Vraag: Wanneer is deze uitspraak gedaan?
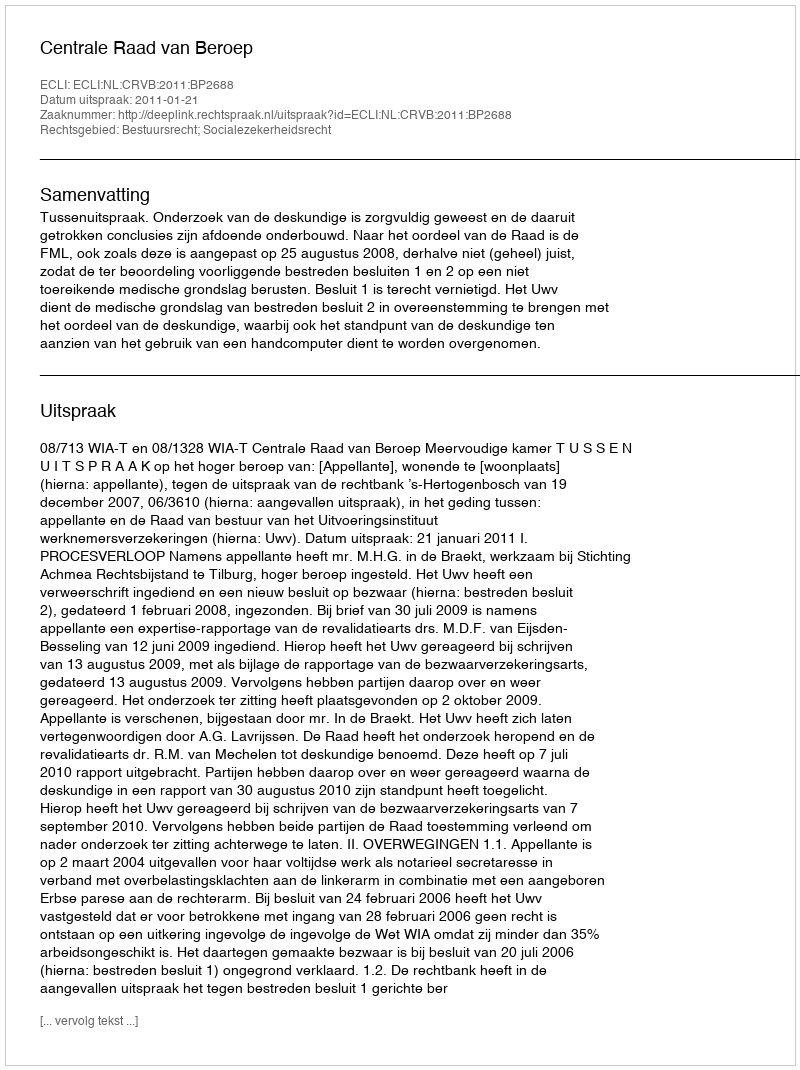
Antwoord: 2011-01-21